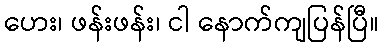
ဟေး၊ ဖန်းဖန်း၊ ငါ နောက်ကျပြန်ပြီ။